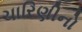
ચારિણીનો